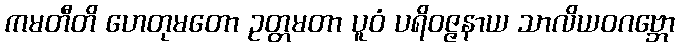
ကမတီတိ ဟေတုမတော ဥတ္တမတာ ပူဝံ ပရိဝဇ္ဇနာယ သာလိယဝဂဗ္ဘော